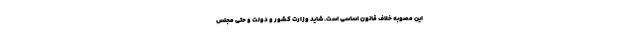
این مصوبه خلاف قانون اساسی است. شاید وزارت کشور و دولت و حتی مجلس